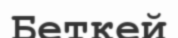
Беткей